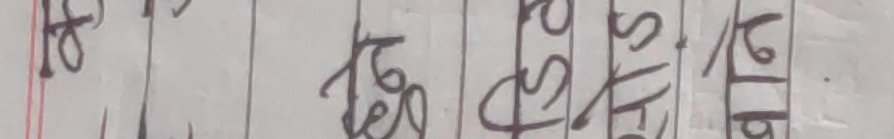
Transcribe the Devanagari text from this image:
१० विक नेपाल संघजाति सुसहती नेशान